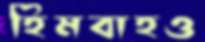
হিমবাহও